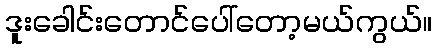
ဒူးခေါင်းတောင်ပေါ်တော့မယ်ကွယ်။